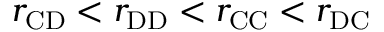
r _ { \mathrm { C D } } < r _ { \mathrm { D D } } < r _ { \mathrm { C C } } < r _ { \mathrm { D C } }